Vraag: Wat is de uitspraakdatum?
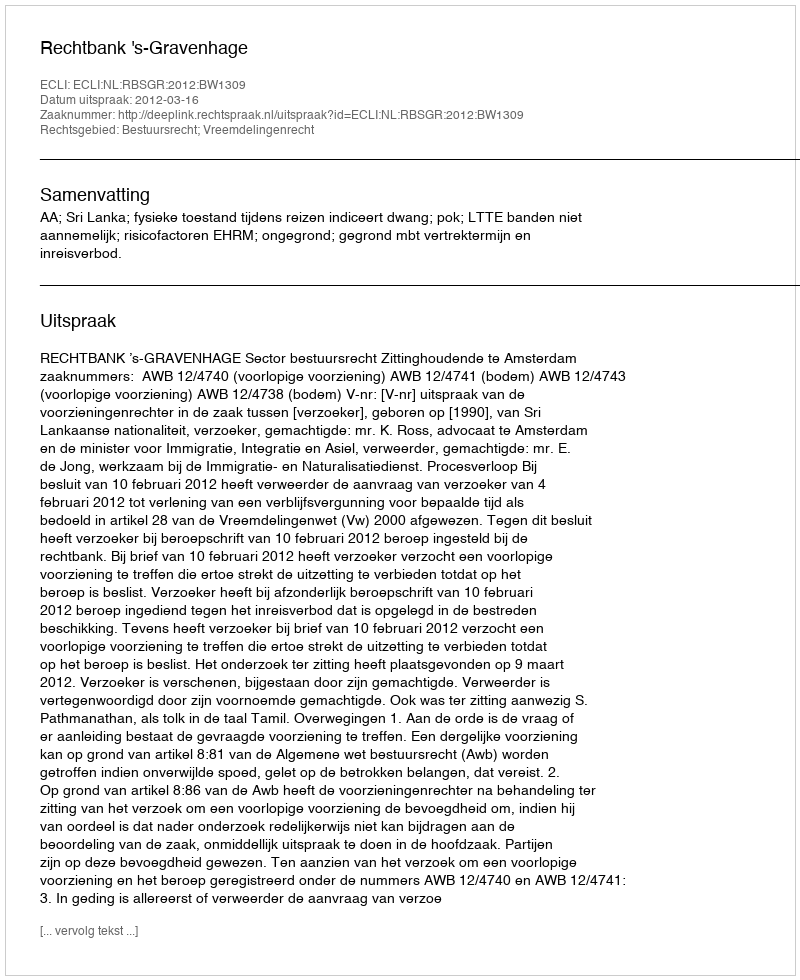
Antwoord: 2012-03-16